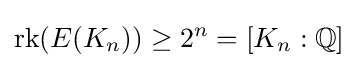
{\text{rk}}(E(K_{n}))\geq 2^{n}=[K_{n}:\mathbb {Q} ]